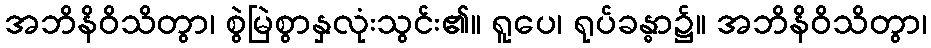
အဘိနိဝိသိတွာ၊ စွဲမြဲစွာနှလုံးသွင်း၏။ ရူပေ၊ ရုပ်ခန္ဓာ၌။ အဘိနိဝိသိတွာ၊